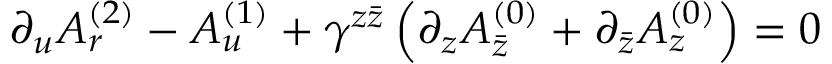
\partial _ { u } A _ { r } ^ { ( 2 ) } - A _ { u } ^ { ( 1 ) } + \gamma ^ { z \bar { z } } \left( \partial _ { z } A _ { \bar { z } } ^ { ( 0 ) } + \partial _ { \bar { z } } A _ { z } ^ { ( 0 ) } \right) = 0